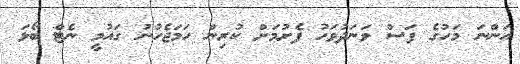
އަންނަ މަހުގެ ފަސް ވަނަދުވަހު ފެށުމަށް ކުރިން ހަމަޖެހުނު ގައުމީ ނެޓް ބޯޅަ